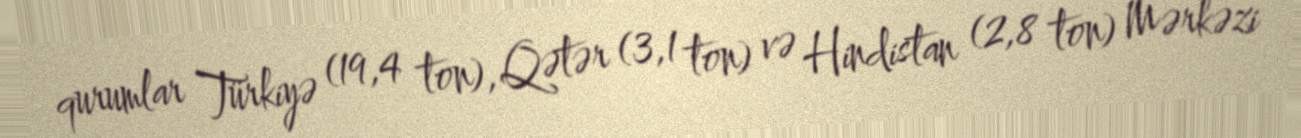
qurumlar Türkiyə (19,4 ton), Qətər (3,1 ton) və Hindistan (2,8 ton) Mərkəzi